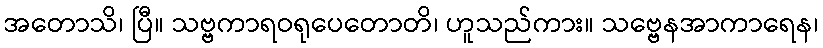
အတောသိ၊ ပြီ။ သဗ္ဗကာရဝရုပေတောတိ၊ ဟူသည်ကား။ သဗ္ဗေနအာကာရေန၊